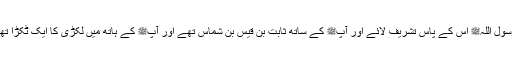
رسول اللہﷺ اس کے پاس تشریف لائے اور آپﷺ کے ساتھ ثابت بن قیس بن شماسؓ تھے اور آپﷺ کے ہاتھ میں لکڑی کا ایک ٹکڑا تھا۔